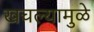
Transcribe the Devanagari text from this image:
खचल्यामुळे